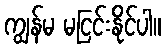
ကျွန်မ မငြင်းနိုင်ပါ။